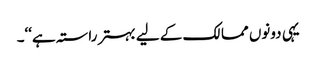
یہی دونوں ممالک کے لیے بہتر راستہ ہے‘‘۔